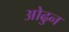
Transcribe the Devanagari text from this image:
ओढुन